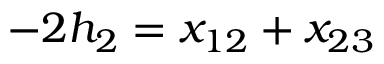
- 2 h _ { 2 } = x _ { 1 2 } + x _ { 2 3 }